Plague in India, 1896, 1897 - Volume 4
Year: 1896
Disease focus: Plague
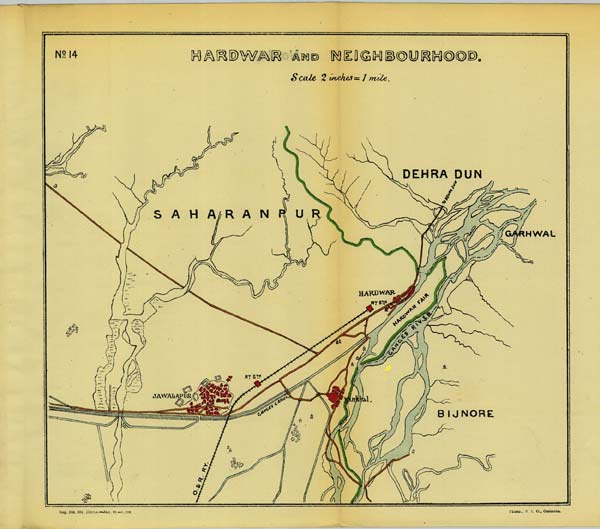
Scale 2 inches = 1 mile.
Reg. No. 594, Home.—Jan. 95.—1,000. Photo., S. I. O., Calcutta.